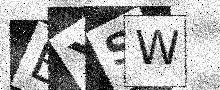
Text: EXSW